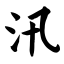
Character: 汛